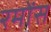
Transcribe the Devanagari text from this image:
रमोंस